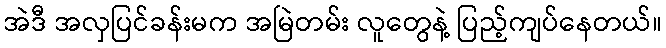
အဲဒီ အလှပြင်ခန်းမက အမြဲတမ်း လူတွေနဲ့ ပြည့်ကျပ်နေတယ်။